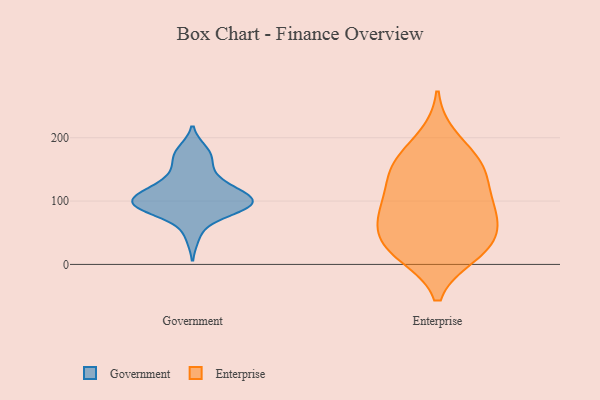
{"axis": {"x": "Operating Costs (USD K)", "y": "Value"}, "legend": ["Enterprise", "Government"], "data": [{"x": "", "y": 179, "type": "Government"}, {"x": "", "y": 110, "type": "Government"}, {"x": "", "y": 136, "type": "Government"}, {"x": "", "y": 83, "type": "Government"}, {"x": "", "y": 116, "type": "Government"}, {"x": "", "y": 118, "type": "Government"}, {"x": "", "y": 99, "type": "Government"}, {"x": "", "y": 104, "type": "Government"}, {"x": "", "y": 45, "type": "Government"}, {"x": "", "y": 91, "type": "Government"}, {"x": "", "y": 173, "type": "Government"}, {"x": "", "y": 93, "type": "Government"}, {"x": "", "y": 92, "type": "Government"}, {"x": "", "y": 96, "type": "Government"}, {"x": "", "y": 88, "type": "Government"}, {"x": "", "y": 100, "type": "Government"}, {"x": "", "y": 139, "type": "Government"}, {"x": "", "y": 167, "type": "Government"}, {"x": "", "y": 143, "type": "Enterprise"}, {"x": "", "y": 90, "type": "Enterprise"}, {"x": "", "y": 160, "type": "Enterprise"}, {"x": "", "y": 21, "type": "Enterprise"}, {"x": "", "y": 51, "type": "Enterprise"}, {"x": "", "y": 153, "type": "Enterprise"}, {"x": "", "y": 157, "type": "Enterprise"}, {"x": "", "y": 91, "type": "Enterprise"}, {"x": "", "y": 61, "type": "Enterprise"}, {"x": "", "y": 200, "type": "Enterprise"}, {"x": "", "y": 82, "type": "Enterprise"}, {"x": "", "y": 16, "type": "Enterprise"}, {"x": "", "y": 109, "type": "Enterprise"}, {"x": "", "y": 37, "type": "Enterprise"}, {"x": "", "y": 20, "type": "Enterprise"}]}